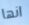
انها